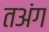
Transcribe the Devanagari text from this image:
तअंग